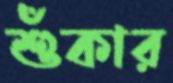
শুঁকার